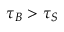
\tau _ { B } > \tau _ { S }